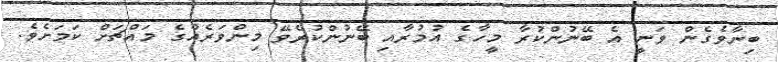
ބިނާވެގެން ވަނީ އެ ބޭނުންކުރާ މީހާގެ އުމުރާއި ބޭނުންކުރެވޭ މިންވަރެއްގެ މައްޗަށް ކަމަށެވެ.